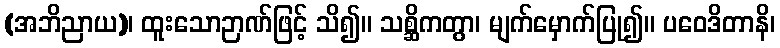
(အဘိညာယ)၊ ထူးသောဉာဏ်ဖြင့် သိ၍။ သစ္ဆိကတွာ၊ မျက်မှောက်ပြု၍။ ပဝေဒိတာနိ၊